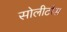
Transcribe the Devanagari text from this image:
सोलीटोंस